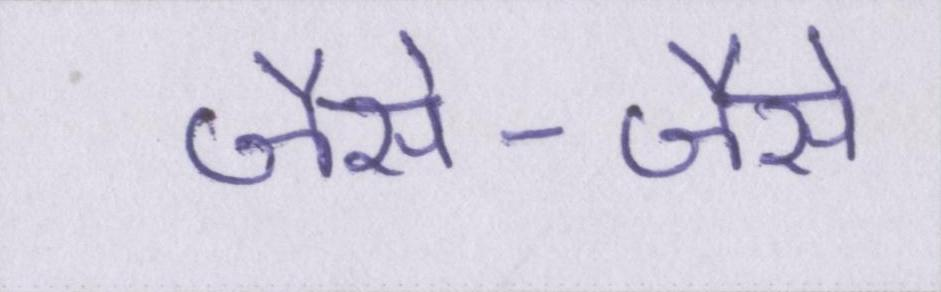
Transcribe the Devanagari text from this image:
जैसे-जैसे